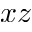
x z